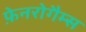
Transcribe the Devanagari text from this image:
फ़ेनरोगैम्स